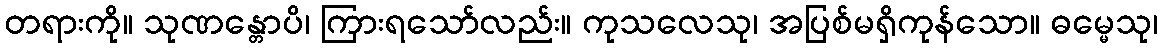
တရားကို။ သုဏန္တောပိ၊ ကြားရသော်လည်း။ ကုသလေသု၊ အပြစ်မရှိကုန်သော။ ဓမ္မေသု၊